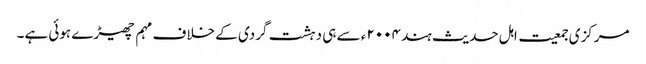
مرکزی جمعیت اہل حدیث ہند ۲۰۰۴ء سے ہی دہشت گردی کے خلاف مہم چھیڑے ہوئی ہے۔